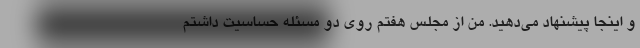
و اینجا پیشنهاد می‌دهید. من از مجلس هفتم روی دو مسئله حساسیت داشتم